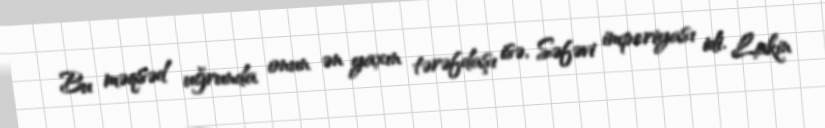
Bu məqsəd uğrunda onun ən yaxın tərəfdaşı isə, Səfəvi imperiyası idi. Lakin